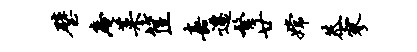
璧庵菜筐嘉迁繁廿嫦恭寥